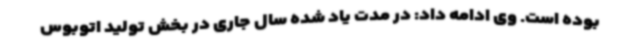
بوده است. وی ادامه داد: در مدت یاد شده سال جاری در بخش تولید اتوبوس